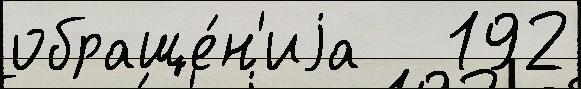
обраще́н'иjа   192